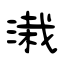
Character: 溨